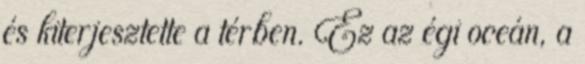
és kiterjesztette a térben. Ez az égi oceán, a